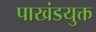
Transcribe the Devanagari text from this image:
पाखंडयुक्त